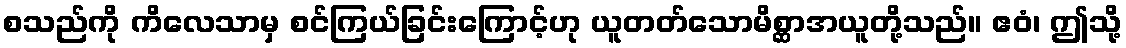
စသည်ကို ကိလေသာမှ စင်ကြယ်ခြင်းကြောင့်ဟု ယူတတ်သောမိစ္ဆာအယူတို့သည်။ ဧဝံ၊ ဤသို့